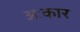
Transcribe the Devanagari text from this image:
अःकार